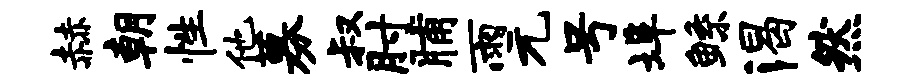
赫朝性他募叔肘脯雨元号埠鲧渴然